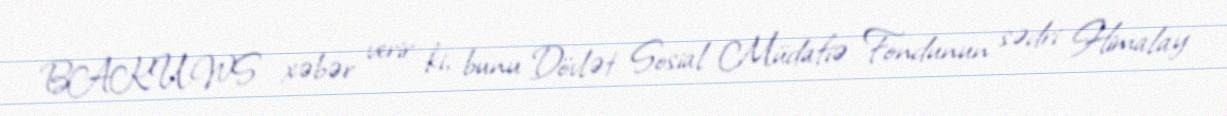
BAKU.WS xəbər verir ki, bunu Dövlət Sosial Müdafiə Fondunun sədri Himalay